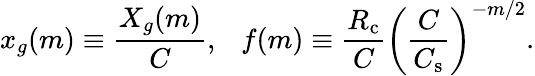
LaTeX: x_{g}(m)\equiv\frac{X_{g}(m)}{C},~~~f(m)\equiv\frac{R_{\mathrm{c}}}{C}\left(\frac{C}{C_{\mathrm{s}}}\right)^{-m/2}.